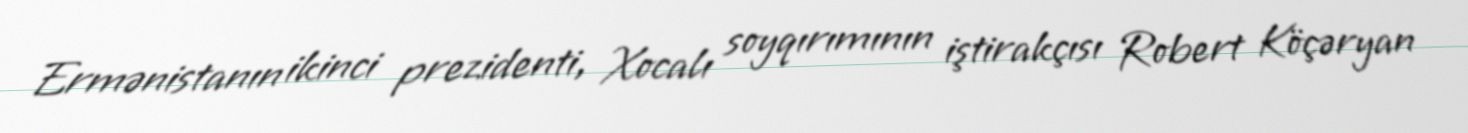
Ermənistanın ikinci prezidenti, Xocalı soyqırımının iştirakçısı Robert Köçəryan